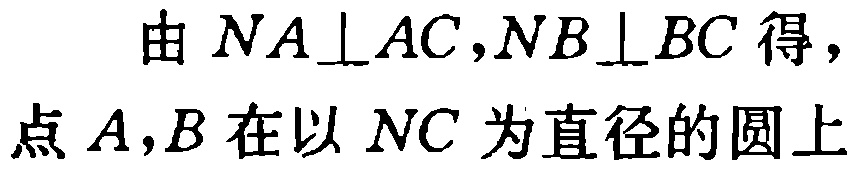
由 \(NA\perp AC,NB\perp BC\) 得，点 \(A,B\) 在以 \(NC\) 为直径的圆上